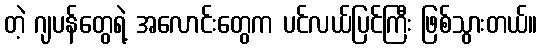
တဲ့ ဂျပန်တွေရဲ့ အလောင်းတွေက ပင်လယ်ပြင်ကြီး ဖြစ်သွားတယ်။